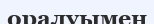
оралуымен